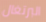
البرتغال